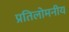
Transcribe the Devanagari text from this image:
प्रतिलोमनीय